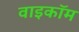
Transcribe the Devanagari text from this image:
वाइकॉम